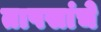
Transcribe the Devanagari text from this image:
तापसांचे